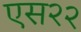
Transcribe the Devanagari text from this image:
एस२२